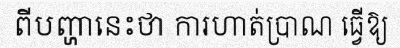
ពីបញ្ហានេះថា ការហាត់ប្រាណ ធ្វើឱ្យ